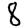
Digit: 8